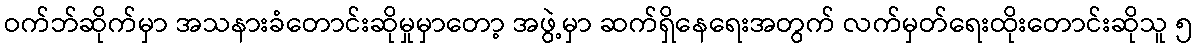
ဝက်ဘ်ဆိုက်မှာ အသနားခံတောင်းဆိုမှုမှာတော့ အဖွဲ့မှာ ဆက်ရှိနေရေးအတွက် လက်မှတ်ရေးထိုးတောင်းဆိုသူ ၅